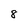
Character: 8